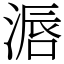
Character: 滣